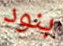
بنود